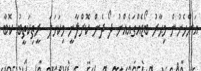
އަންހެނުން މިޙާރު ބޯޑެއްގައެއްނު ދޯ ދެން ކޮށްލާނީ މިކަހަލަ  ރީތިކަތީބު ކޮބާ